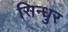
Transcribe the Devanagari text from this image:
सिन्‍धुर